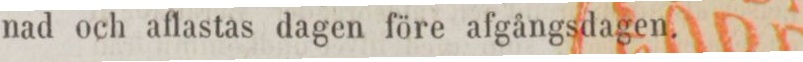
nad och aflastas dagen före afgångsdagen.